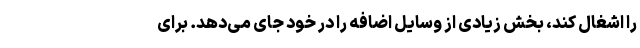
را اشغال کند، بخش زیادی از وسایل اضافه را در خود جای می‌دهد. برای